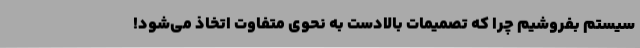
سیستم بفروشیم چرا که تصمیمات بالادست به نحوی متفاوت اتخاذ می‌شود!